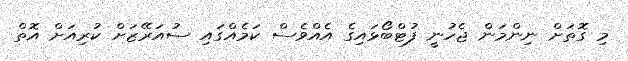
މި ގޮތަށް ނިންމަން ޖެހުނީ ފުޓްބޯޅައިގެ އެއްވެސް ކަމެއްގައި ސުއަރޭޒަށް ކުރިއަށް އޮތް